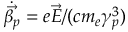
\dot { \vec { \beta _ { p } } } = e \vec { E } / ( c m _ { e } \gamma _ { p } ^ { 3 } )